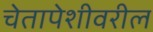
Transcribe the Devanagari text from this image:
चेतापेशीवरील